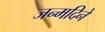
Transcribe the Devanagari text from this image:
जन्मदिने